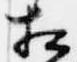
相